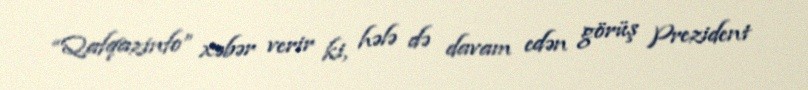
“Qafqazinfo” xəbər verir ki, hələ də davam edən görüş Prezident